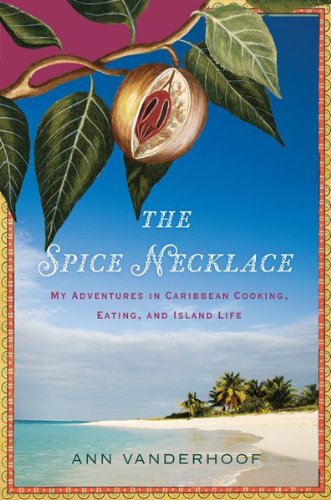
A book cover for The Spice Necklace: My Adventures in Caribbean Cooking, Eating, and Island Life; Ann Vanderhoof; Cookbooks, Food & Wine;